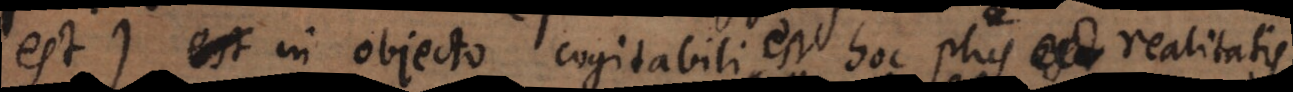
est) in objecto cogitabili est, hoc plus realitatis